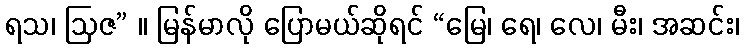
ရသ၊ ဩဇ” ။ မြန်မာလို ပြောမယ်ဆိုရင် “မြေ၊ ရေ၊ လေ၊ မီး၊ အဆင်း၊